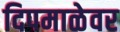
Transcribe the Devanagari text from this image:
दिपमाळेवर